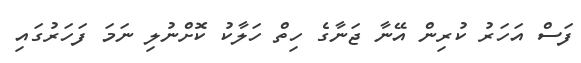
ފަސް އަހަރު ކުރިން އޭނާ ޖަނާގެ ހިތް ހަލާކު ކޮށްނުލި ނަމަ ފަހަރުގައި